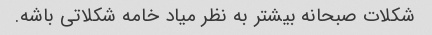
شکلات صبحانه بیشتر به نظر میاد خامه شکلاتی باشه.